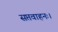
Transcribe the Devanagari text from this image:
सप्तवाहनः।